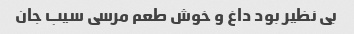
بی نظیر بود داغ و خوش طعم مرسی سیب جان